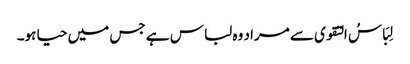
لِبَاسُ التقوی سے مراد وہ لباس ہے جس میں حیا ہو۔